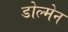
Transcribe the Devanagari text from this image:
डोल्मेन